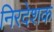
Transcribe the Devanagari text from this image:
निरदेशक